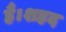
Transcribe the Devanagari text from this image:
हैं।शहद